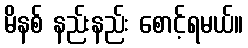
မိနစ် နည်းနည်း စောင့်ရမယ်။